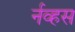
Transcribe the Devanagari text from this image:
र्नव्हस